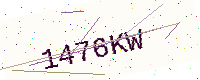
Text: 1476KW